Calcutta medical institutions reports 1871-78
Year: 1871
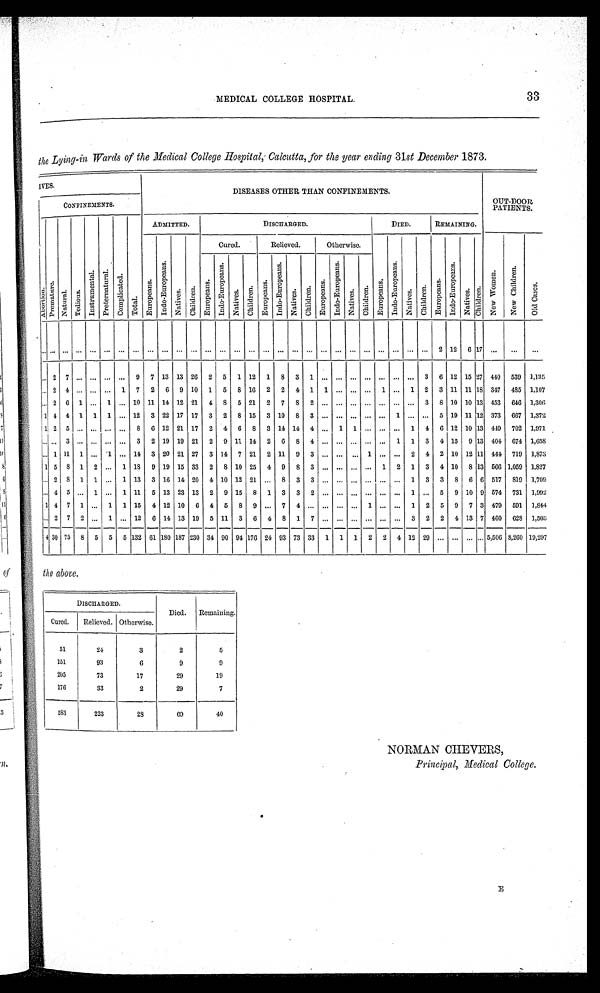
MEDICAL COLLEGE HOSPITAL.
33
the Lying-in Wards of the Medical College Hospital, Calcutta, for the year ending 31st December 1873.
IVES.
DISEASES OTHER THAN CONFINEMENTS.
OUT-DOOR
PATIENTS.
CONFINEMENTS.
A b o r t i o n .
P r e m a t u r e .
Natural .
Te d i o u s .
I n s t r u m e n t a l . P r e t e r n a t u r a l . C o mp l i c a t e d .
T o t a l .
ADMITTED.
DISCHARGED.
DIED.
REMAINING.
E u r o p e a n s .
I n d o - E u r o p e a n s .
Na t i v e s . C h i l d r e n .
Cured.
Relieved.
Otherwise.
E u r o p e a n s .
I n d o - E u r o p e a n s .
Na t i v e s . Chi l dren.
E u r o p e a n s .
I n d o - E u r o p e a n s .
Na t i v e s . Chi l dr e n.
N e w W o m e n .
N e w C h i l d r e n .
O l d C a s e s .
Eu r o p e a n s .
I ndo- Eur ope a ns .
Na t i v e s . C h i l d r e n .
Eu r o p e a n s .
I n d o - E u r o p e a n s .
Na t i v e s . C h i l d r e n . E u r o p e a n s .
I n d o - E u r o p e a n s .
Na t i v e s . C h i l d r e n .
. . . . . . . . . . . . . . . . . . . . . . . . . . . . . . . . . . . . . . . . . . . . . . . . . . . . . . . . . . . . . . . . . . . . . . . . . . . . . . . . . . . . 2 1 2 6 1 7
. . .
. . .
. . .
... 2 7
. . . . . .
...
. . .
9 7 13 13 26 2 5 1 12 1 8 3 1 ... ... ... ... ... ... ... 3 6 12 15 27 440 539 1,135
. . . 2 4 ... ... ... 1 7 2 6 9 10 1 5 8 16 2 2 4 1 1 ... ... ... 1 ... 1 2 3 11 11 18 347 485 1,107
. . . 2 6 1 ... 1 ... 10 11 14 12 21 4
8 5 21 2 7
8 2 ... ... ... ... ... ... ... 3 8 10 10 13 453 646 1,306
1 4 4 1 1 1 ... 12 3 22 17 17 3 2 8 15 3 10 8 3 ... ... ... ... ... 1 ... ... 5 19 11 12 373 667 1,372
1 2 5 ... ... ... ... 8 6 12 21 17 2 4 6 8 3 14 14 4 ... 1 1 ... ... ... 1 4 6 12 10 13 449 702 1,971
. . . . . . 3 . . . ... ...
. . . 3 2 19 19 21 2 9 11 14 2 6 8 4 ... ... ... ... ... 1 1 3 4 15 9 13 404 674 1,658
... 1 11 1 ... 1 ... 14 3 20 21 27 3 14 7 21 2 11 9
3
. . .
...
. . . 1 ... ... 2 4 2 10 12 11 444 719 1,873
1 5
8 1 2 ... 1 18 9 19 15 33 2 8 10 25 4 9 8 3 ... ... ... ... 1 2 1 3 4 10 8 13 566 1,059 1,827
... 2 8 1 1 ... 1 13 3 16 14 20 4 10 12 21 ... 8 3 3 ... ... ... ... ... ... 1 3 3
8 6 6 517 819 1,709
. . . 4 5 ... 1 ... 1 11 5 13 23 13 2 9 15 8 1 3 3 2 ... ... ... ... ... ... 1 ... 5 9 10 9 574 731 1,992
1 4 7 1 ... 1 1 15 4 12 10 6 4 5 8 9 ... 7 4 ... ... ... ... 1 ... ... 1 2 5 9 7 3 479 591 1,844
.. 2 7 2 ... 1 ... 12 6 14 13 19 5 11 3 6 4 8 1 7 ... ... ... ... ... ... 3 2 2 4 13 7 460 628 1,503
4 30 75 8 5 5 5 132 61 180 187 230 34 90 94 176 24 93 73 33 1 1 1 2 2 4 12 29 ... ... ... ... 5,506 8,260 19,297
the above.
DISCHARGED.
Died. Remaining.
Cured. Relieved. Otherwise.
51
24
3
2
5
151
93
6
9
9
205
73
17
29
19
176
33
2
29
7
583
223
28
69
40
NORMAN CHEVERS,
Principal, Medical College.